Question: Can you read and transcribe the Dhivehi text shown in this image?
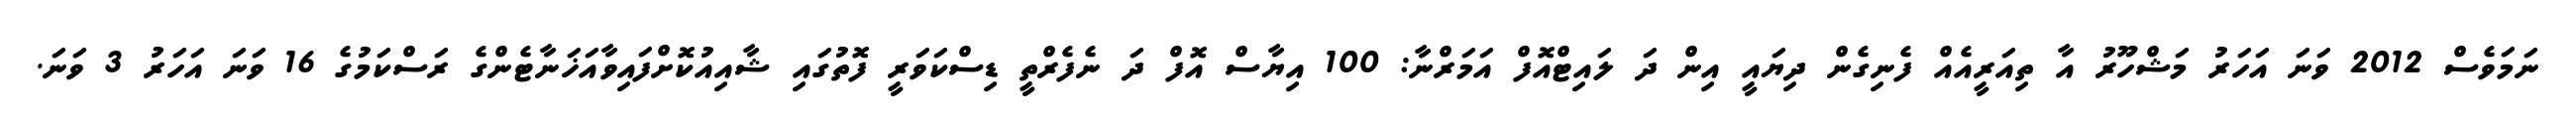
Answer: ނަމަވެސް 2012 ވަނަ އަހަރު މަޝްހޫރު އާ ތިއަރީއެއް ފެނިގެން ދިޔައީ އިން ދަ ލައިޓްއޮފް އަމަރްނާ: 100 އިޔާސް އޮފް ދަ ނެފެރްތީ ޑިސްކަވަރީ ފޮތުގައި ޝާއިއުކޮށްފައިވާއަޚަނާޓެންގެ ރަސްކަމުގެ 16 ވަނަ އަހަރު 3 ވަނަ.